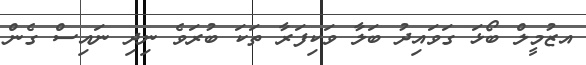
އޒުމީލް ބޯޅަ ގަވައިދު ބަލާ ވަކިފަރާ ތަކަ ބުރަވެ ނިދި ނައިސް ގެން